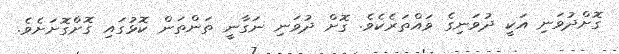
ގޮށްދުވަނި އަކީ ދުވަނިގެ ވައްތަރެކެވެ. ގޮށް ދުވަނި ނަގާނީ ތަންތަން ކޮޅުގައި ގޮށްގޮށަށެވެ.